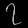
Digit: ၇